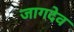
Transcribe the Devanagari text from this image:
जागदेव